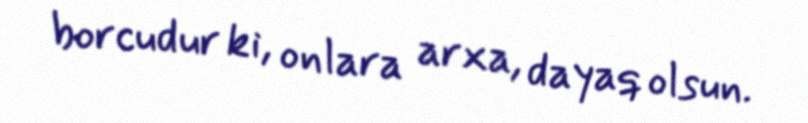
borcudur ki, onlara arxa, dayaq olsun.